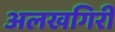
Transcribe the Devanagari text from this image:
अलखगिरी